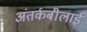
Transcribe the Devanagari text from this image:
अंतर्कबीलाई